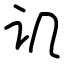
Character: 讥